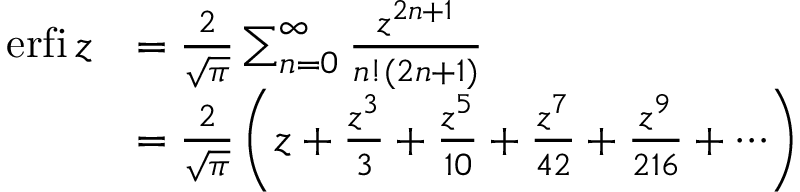
{ \begin{array} { r l } { \operatorname { e r f i } z } & { = { \frac { 2 } { \sqrt { \pi } } } \sum _ { n = 0 } ^ { \infty } { \frac { z ^ { 2 n + 1 } } { n ! ( 2 n + 1 ) } } } \\ & { = { \frac { 2 } { \sqrt { \pi } } } \left( z + { \frac { z ^ { 3 } } { 3 } } + { \frac { z ^ { 5 } } { 1 0 } } + { \frac { z ^ { 7 } } { 4 2 } } + { \frac { z ^ { 9 } } { 2 1 6 } } + \cdots \right) } \end{array} }